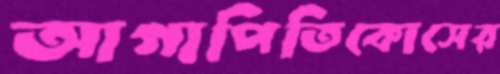
আগাপিতিকোসের